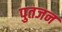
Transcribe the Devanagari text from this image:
पुतजन